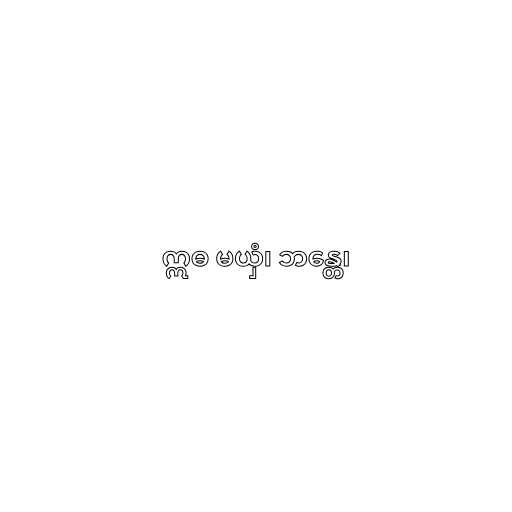
ဣဓ မယှံ၊ ဘန္တေ၊